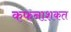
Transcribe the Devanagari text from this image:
कफनाशकत